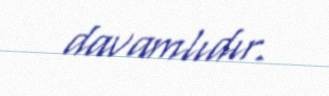
davamlıdır.